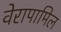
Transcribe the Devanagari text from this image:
वेरापामिल